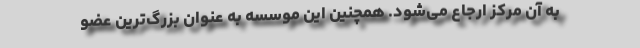
به آن مرکز ارجاع می‌شود. همچنین این موسسه به عنوان بزرگ‌ترین عضو